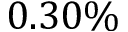
0 . 3 0 \%